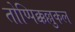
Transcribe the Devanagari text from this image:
तोप्पिक्कल्लुकल